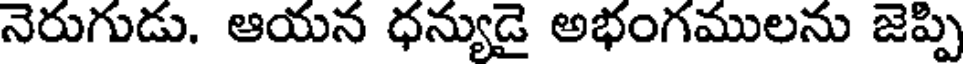
నెరుగుడు. ఆయన ధన్యుడై అభంగములను జెప్పి